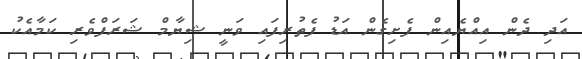
އަދި ދެން އިއްޔެއިން ފެށިގެން އަޑު ފެތުރިފައި ވަނީ ޝިޔާމް ޝަރަފްވެރި ކަމާއެކު